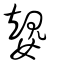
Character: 嫢